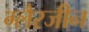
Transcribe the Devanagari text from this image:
ग्लैरजीन